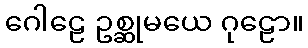
ဂေါဠေ ဥစ္ဆုမယေ ဂုဠော။